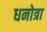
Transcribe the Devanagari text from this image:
धनोत्रा